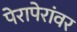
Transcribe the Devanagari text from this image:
पेरापेरांवर